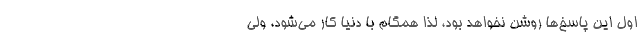
اول این پاسخ‌ها روشن نخواهد بود، لذا همگام با دنیا کار می‌شود، ولی